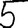
Digit: 5